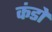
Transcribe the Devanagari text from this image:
कंडो